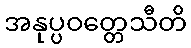
အနုပ္ပဝတ္တေသီတိ